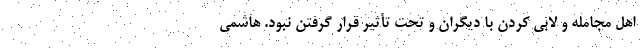
اهل مجامله و لابی کردن با دیگران و تحت تأثیر قرار گرفتن نبود. هاشمی‌